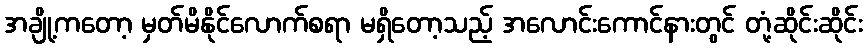
အချို့ကတော့ မှတ်မိနိုင်လောက်စရာ မရှိတော့သည့် အလောင်းကောင်နားတွင် တုံ့ဆိုင်းဆိုင်း